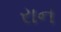
રાન